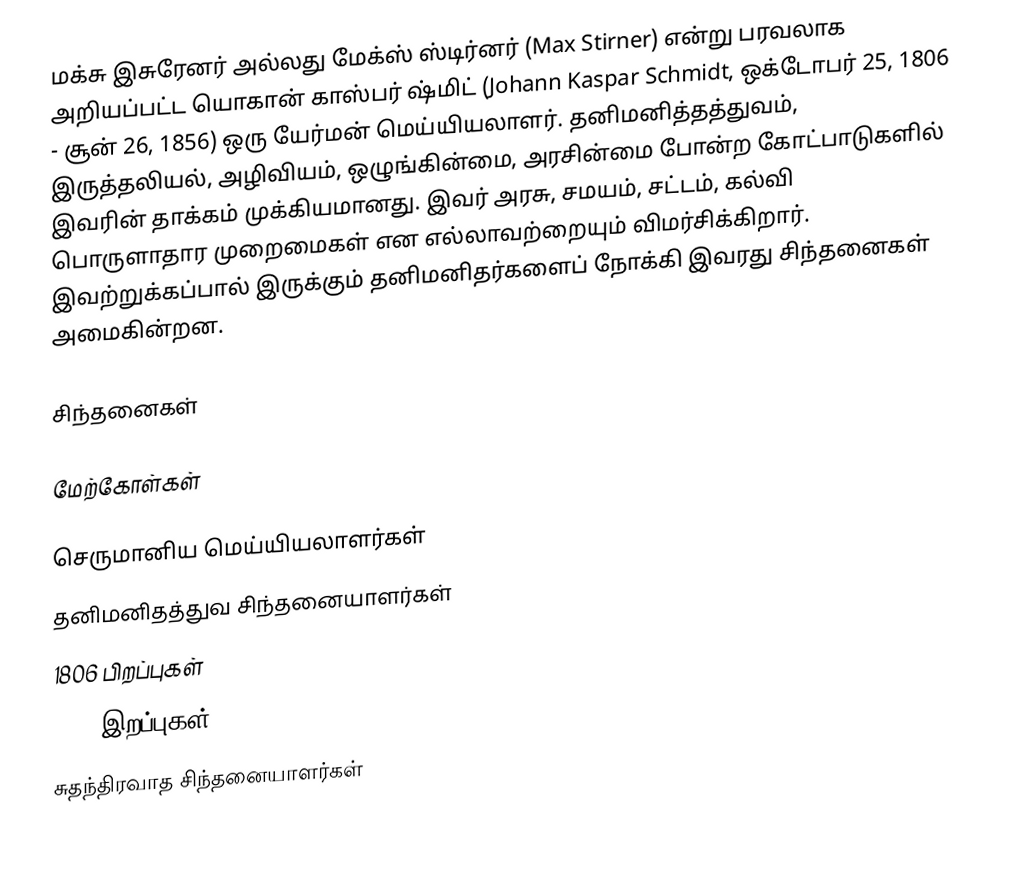
மக்சு இசுரேனர் அல்லது மேக்ஸ் ஸ்டிர்னர் (Max Stirner) என்று பரவலாக அறியப்பட்ட யொகான் காஸ்பர் ஷ்மிட் (Johann Kaspar Schmidt, ஒக்டோபர் 25, 1806 - சூன் 26, 1856) ஒரு யேர்மன் மெய்யியலாளர். தனிமனித்தத்துவம், இருத்தலியல்,  அழிவியம், ஒழுங்கின்மை, அரசின்மை போன்ற கோட்பாடுகளில் இவரின் தாக்கம் முக்கியமானது.  இவர் அரசு, சமயம், சட்டம், கல்வி பொருளாதார முறைமைகள் என எல்லாவற்றையும் விமர்சிக்கிறார்.  இவற்றுக்கப்பால் இருக்கும் தனிமனிதர்களைப் நோக்கி இவரது சிந்தனைகள் அமைகின்றன.

சிந்தனைகள்

மேற்கோள்கள்

செருமானிய மெய்யியலாளர்கள்
தனிமனிதத்துவ சிந்தனையாளர்கள்
1806 பிறப்புகள்
1856 இறப்புகள்
சுதந்திரவாத சிந்தனையாளர்கள்